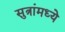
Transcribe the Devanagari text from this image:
सुत्रांमध्ये